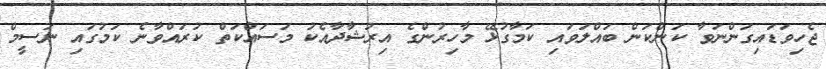
ޖެހިވަޑައިގަންނަވާ ކަންކަން ބައްލަވައި ކަމާގުޅޭ މާހިރުންގެ އިރުޝާދާއެކު މަސައްކަތް ކުރައްވާނެ ކަމުގައި ނަސީމް